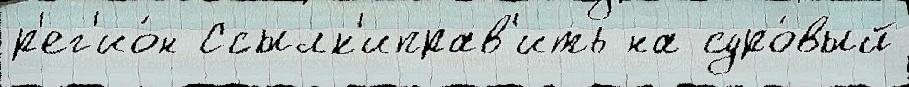
р'ег'ио́н Ссылк'иправ'ить на суро́вый